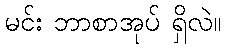
မင်း ဘာစာအုပ် ရှိလဲ။